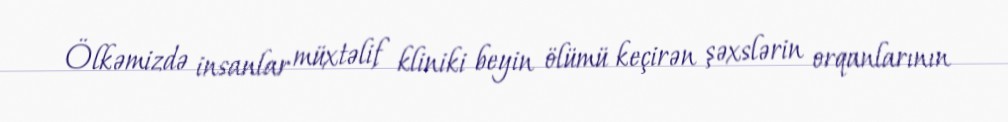
Ölkəmizdə insanlar müxtəlif kliniki beyin ölümü keçirən şəxslərin orqanlarının